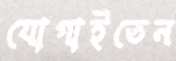
যোগাইতেন